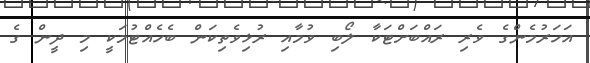
އަހަރުމެންގެ ވެރި ރައްބަަަށްޓަކާ ލޯބި ވުމާއި ރުޅިވެތިކަން ބެހެއްޓުމަކީ މި ދީން ގެ